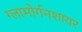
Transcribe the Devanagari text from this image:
ग्लामोर्गनशायर